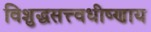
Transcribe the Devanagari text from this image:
विशुद्धसत्त्वधीष्णाय